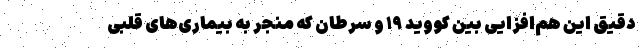
دقیق این هم‌افزایی بین کووید ۱۹ و سرطان که منجر به بیماری‌های قلبی